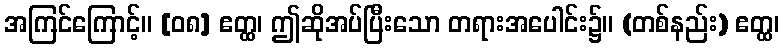
အကြင်ကြောင့်။ [၀၈] ဧတ္ထ၊ ဤဆိုအပ်ပြီးသော တရားအပေါင်း၌။ (တစ်နည်း) ဧတ္ထ၊